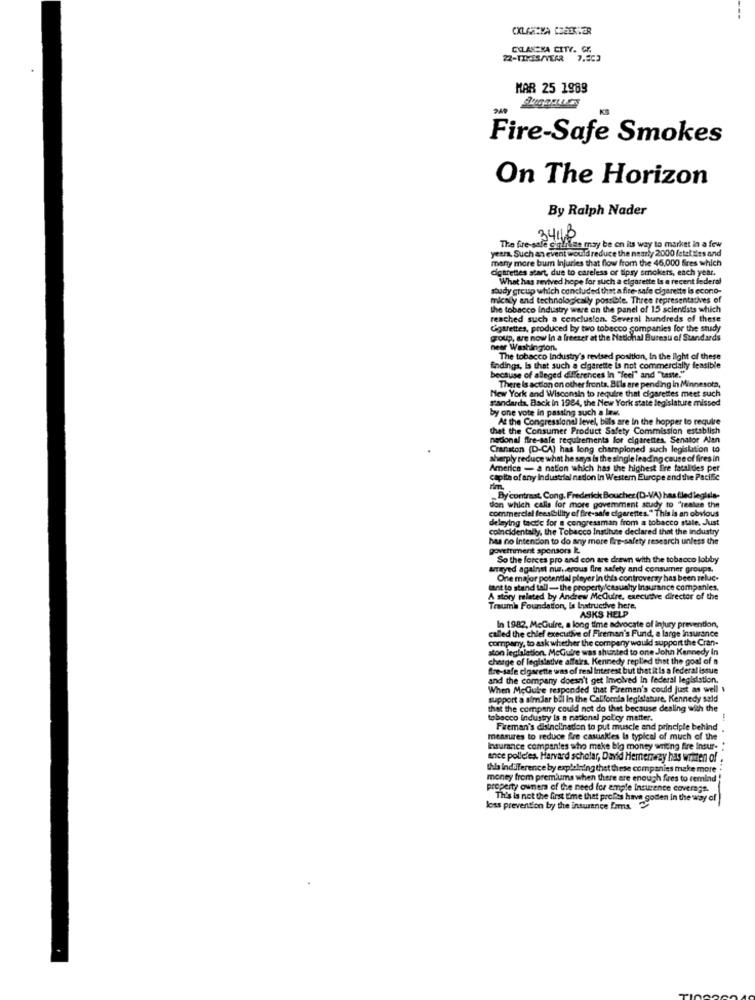
COLASSKA CITY. CK
22-TINCIS/YEAR 7.503
MAR 25 1989
Fire-Safe Smokes
On The Horizon
By Ralph Nader
The fire-sale
3411B
yeera, Such an event would reduce the nearly 2000 ictatiles and
The fire-sale giglilse may be on its way to market in a few
many more bum Injuries that flow from the 46.000 fires which
cigarettes start, due to careless or tipsy smokers, each year.
What has revived hope for such a cigarette Is a recent federal
budy group which concluded that a fire- safe cigarette is econto-
micaly and technologically possible. Three representatives of
the tobacco industry were on the panel of 15 scientists which
reached such a conclusion. Several hundreds of these
Cigarettes, produced by two tobecco companies for the study
goup, are now In a freezer at the National Bureau of Standards
neer Washington.
The tobacco Industry's revised position, In the light of these
findings, Is that such a cigarette is not commercially feasible
because of alleged differences In "feel" and "taste."
New York and Wisconsin to require that cigarettes meet such
There Is action on other fronts. Bl'ls are pending in Minnesota,
by one vote in passing such a las.
Back in 1984, the New York state legisla
At the Congressional level, bills are In the hopper to require
that the Consumer Product Safety Commission establish
nedonal fire-safe requirements for cigarettes. Senator Alan
Cranston (D-CA) has long championed such legislation to
sharply reduce what he says is the single leading cause of fires in
America - a nation which has the highest lire fatalities per
capita of any industrial nedon In Western Europe and the Pacific
By contrast, Cong. Frederick Boucher (D-VA) has filed legisla-
commercial feesibility of fire-safe cigarettes." This is an obvious
don which calls for more goverment study to "realize the
delaying tactic for a congressman from a tobacco state. Just
coincidentally, the Tobacco Institute declared that the industry
has no intention to do any more fire-safety research unless the
govetriment sponsors I.
So the forces pro and con are drawn with the tobacco lobby
arrayed against numerous fire safety and consumer groups.
One major potential player in this controversy has been reluc-
tant to stand tall- the propertyicasualty Insurance companies.
A story related by Andrew McGuire, executive director of the
Traumi Foundation, Is Instructive here,
ASKS HELP
called the chief executive of Fireman's Fund, a large Insurance
In 1982, McGuire, a long time advocate of injury prevention,
company, to ask whether the company would support the Cran-
ston legislation. McGuire was shunted to one John Kennedy In
charge of legislative affairs. Kennedy replied that the goal of a
fre-safe cigarette was of resl Interest but that it is a federal issue
and the company doesn't get Involved In federal legislation.
When McGube responded that Fireman's could just as well
support a similar bal in the California legislature. Kennedy seld
that the company could not do thet because dealing with the
tobacco industry is a national policy matter.
Fireman's disinclination to put muscle and principle behind
measures to reduce fire casualties Is typical of much of the
Insurance companies who make big money writing fire Insur-
ence pollcles. Harvard scholar, David Hemenegy has written of
hla Indifference by explaining that these companies make more
money from premiums when there are enough fres to remind
property owners of the need for emple Insurance coverage.
Th's is not the first time that profits have gotten in the way of
loss prevention by the insurance Ims.